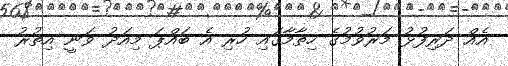
އެއް ދަރިފުޅު މަރުވުމުގެ ހިތާމާގައި ހުރި އެ ބައްޕަ މިއަދު ވަނީ އިތުރު